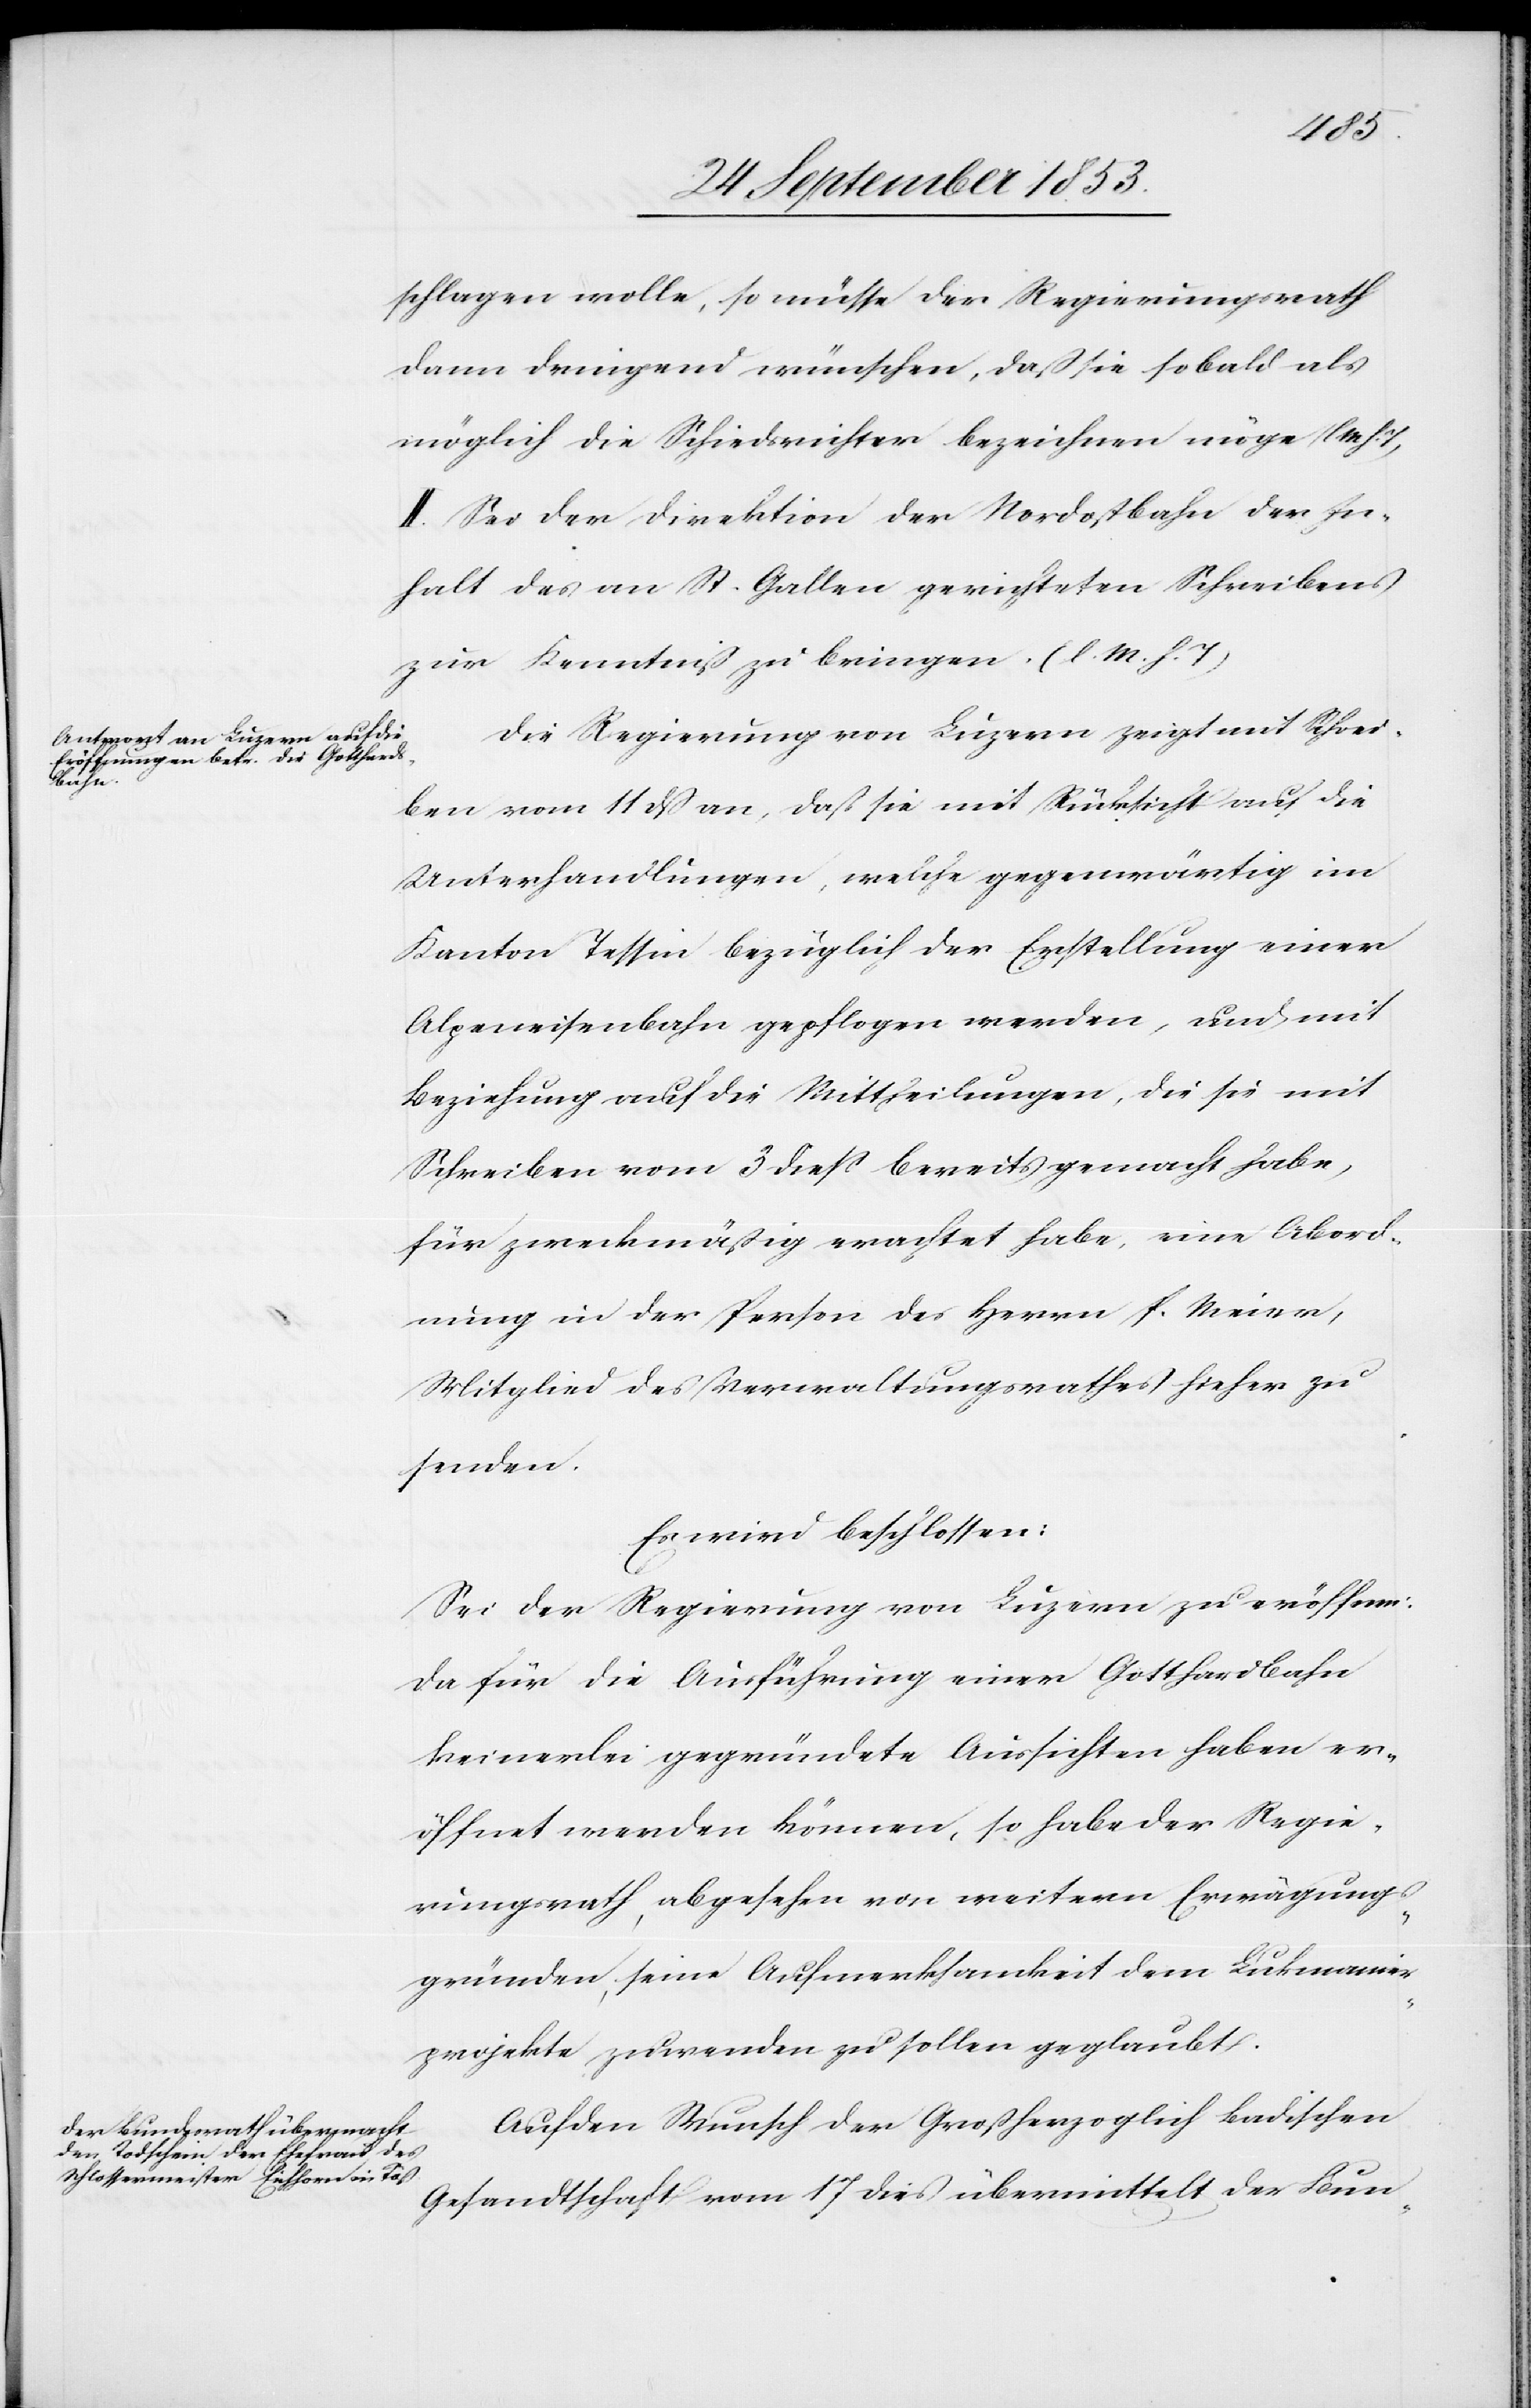
schlagen wolle, so müsse der Regierungsrath
dann dringend wünschen, daß sie so bald als
möglich die Schiedsrichter bezeichnen möge [l.
II. Sei der Direktion der Nordostbahn der In¬
halt des von St. Gallen gerichteten Schreibens
zur Kenntniß zu bringen [l. M. h. T]
Die Regierung von Luzern zeigt mit Schrei¬
ben vom 11 dß an, daß sie mit Rücksicht auf die
Unterhandlungen, welche gegenwärtig im
Kanton Tessin bezüglich der Erstellung einer
Alpeneisenbahn gepflogen werden, und mit
Beziehung auf die Mittheilungen, die sie mit
Schreiben vom 3 dieß bereits gemacht habe,
für zweckmäßig erachtet habe, eine Abord¬
nung in der Person des Herrn P. Meier,
Mitglied des Verwaltungsrathes hieher zu
senden.
Es wird beschlossen:
Sei die Regierung von Luzern zu eröffnen:
Da für die Ausführung einer Gotthardbahn
keinerlei gegründete Aussichten haben er¬
öffnet werden können, so habe der Regie¬
rungsrath, abgesehen von weitern Erwägungs¬
gründen, seine Aufmerksamkeit dem Lukmanier¬
projekte zuwenden zu sollen geglaubt.
Auf den Wunsch der Großherzoglich Badischen
Gesandtschaft vom 17 dies übermittelt der Bun-